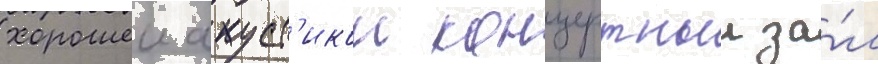
хорошеи акуст'икои концертныи за́л